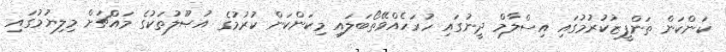
ކަންކަން ތަންފީޒުކުރުމުގައި އިސްލާމް ދީނުގައި ހުރަހެއްވޭތޯބަލައި މިކަންކަން ކުރުމުގެ އުޞޫލުތަކުގެ މައްޗަށް މިލިޔުމުގައި